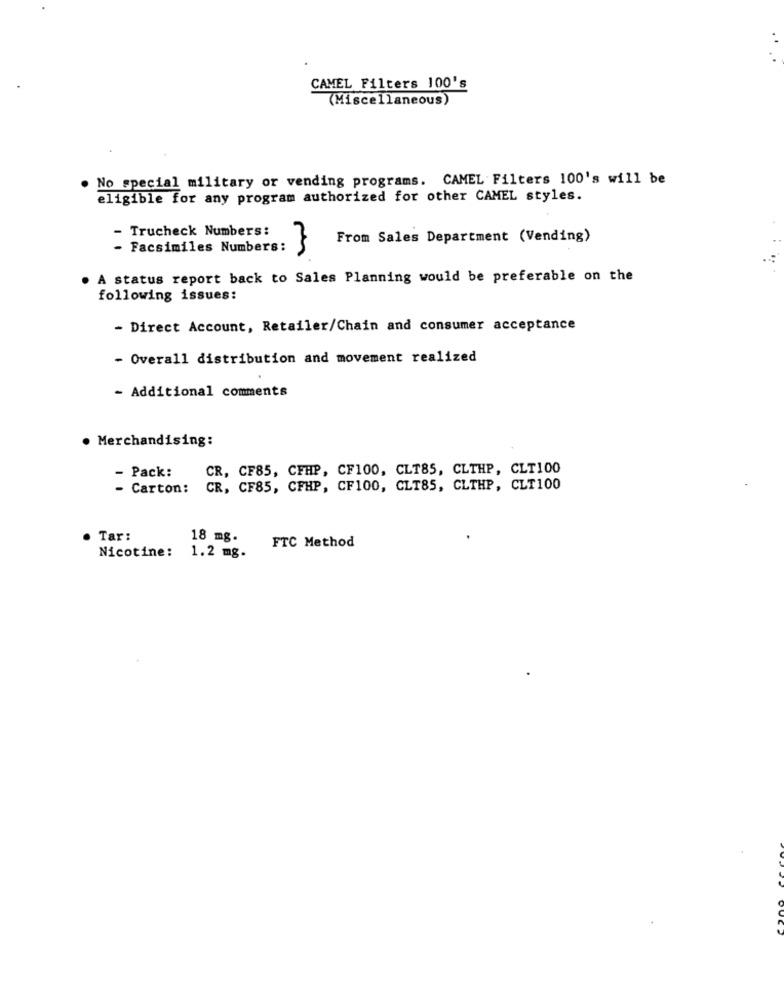
CAMEL Filters 100's
(Miscellaneous)
No special military or vending programs. CAMEL Filters 100's will be
eligible for any program authorized for other CAMEL styles.
- Trucheck Numbers:
From Sales Department (Vending)
- Facsimiles Numbers:
A status report back to Sales Planning would be preferable on the
following issues:
- Direct Account, Retailer/Chain and consumer acceptance
- Overall distribution and movement realized
- Additional comments
Merchandising:
CR, CF85, CFHP, CF100, CLT85, CLTHP, CLT100
- Pack:
- Carton:
CR, CF85, CFHP, CF100, CLT85, CLTHP, CLT100
Tar:
18 mg.
FTC Method
Nicotine:
1.2 mg.